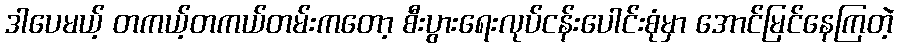
ဒါပေမယ့် တကယ့်တကယ်တမ်းကတော့ စီးပွားရေးလုပ်ငန်းပေါင်းစုံမှာ အောင်မြင်နေကြတဲ့